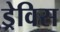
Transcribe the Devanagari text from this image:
ड्रेविस